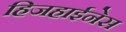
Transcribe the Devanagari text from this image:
हिजहाईनेस